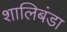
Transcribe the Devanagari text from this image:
शालिबंडा